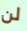
لن